Problem: 6 × 7 = ?
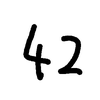
Handwritten answer: 42